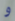
و